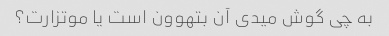
به چی گوش میدی آن بتهوون است یا موتزارت؟